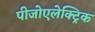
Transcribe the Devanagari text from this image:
पीजोएलेक्ट्रिक